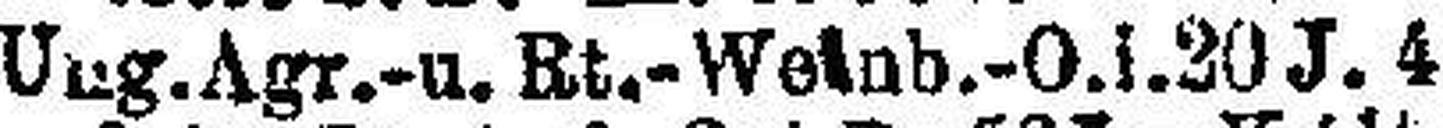
Ung. Agr.-u. Bt.-Weinb.-O. i. 20 J. 4